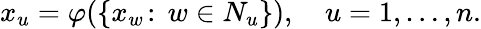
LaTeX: x_{u}=\varphi(\{ x_{w}\! :\, w\in N_{u}\} ),\quad u=1,\ldots,n.